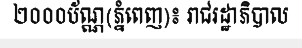
២០០០ប័ណ្ណ(ភ្នំពេញ)៖ រាជរដ្ឋាភិបាល